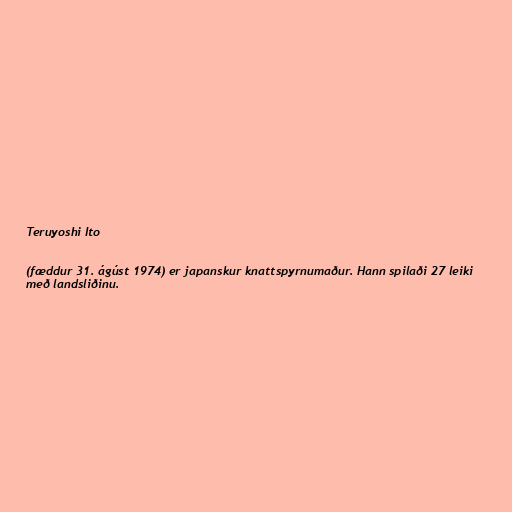
Teruyoshi Ito

(fæddur 31. ágúst 1974) er japanskur knattspyrnumaður. Hann spilaði 27 leiki
með landsliðinu.